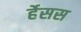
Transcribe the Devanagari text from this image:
र्हेसस